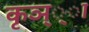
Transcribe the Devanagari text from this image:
कृञ््‌ा